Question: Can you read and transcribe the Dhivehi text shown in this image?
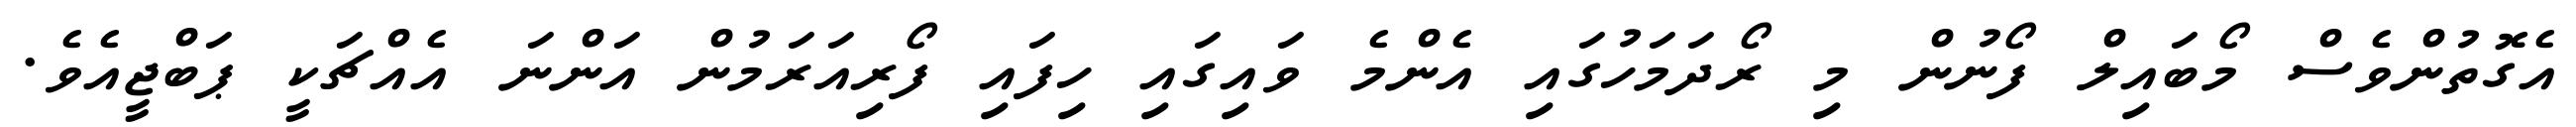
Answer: އެގޮތުންވެސް މޯބައިލް ފޯނުން މި ރޯދަމަހުގައި އެންމެ ވައިގައި ހިފައި ފޯރިއަރަމުން އަންނަ އެއްޗަކީ ޕަބްޖީއެވެ.